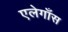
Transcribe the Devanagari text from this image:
एलेगाँस